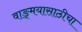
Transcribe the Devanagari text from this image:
वाङ्‌मयासाठीचा